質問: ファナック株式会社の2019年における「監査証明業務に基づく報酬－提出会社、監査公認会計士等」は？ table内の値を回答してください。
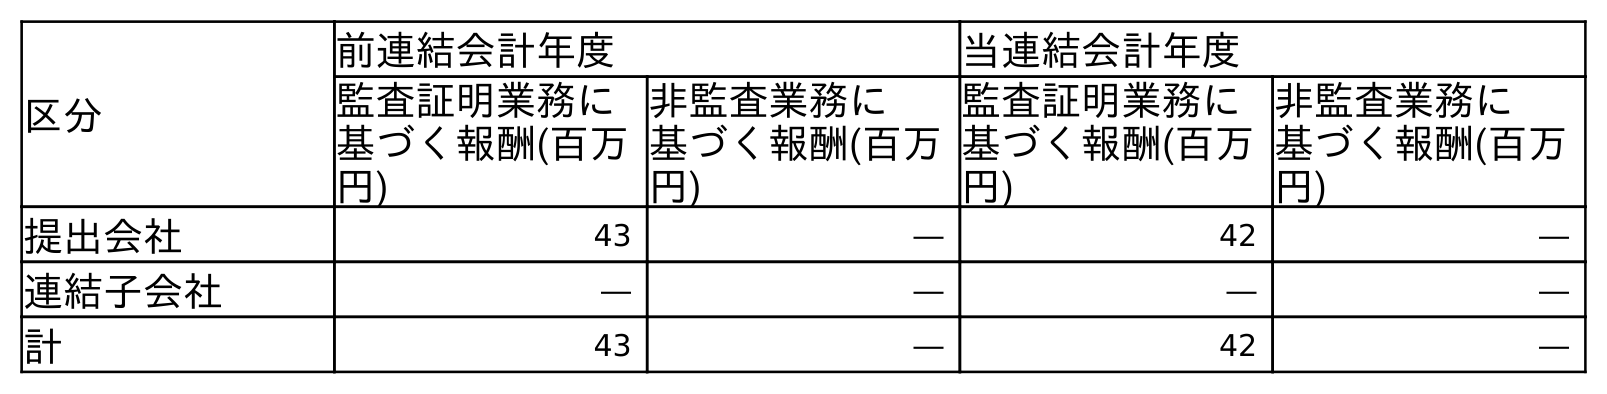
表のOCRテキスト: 区分 前連結会計年度 当連結会計年度 監査証明業務に 基づく報酬(百万 円) 非監査業務に 基づく報酬(百万 円) 監査証明業務に 基づく報酬(百万 円) 非監査業務に 基づく報酬(百万 円) 提出会社 43 ― 42 ― 連結子会社 ― ― ― ― 計 43 ― 42 ―
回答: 43